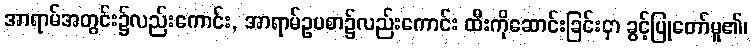
အာရာမ်အတွင်း၌လည်းကောင်း, အာရာမ်ဥပစာ၌လည်းကောင်း ထီးကိုဆောင်းခြင်းငှာ ခွင့်ပြုတော်မူ၏၊